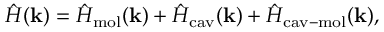
\hat { H } ( \mathbf { k } ) = \hat { H } _ { \mathrm { m o l } } ( \mathbf { k } ) + \hat { H } _ { \mathrm { c a v } } ( \mathbf { k } ) + \hat { H } _ { \mathrm { c a v - m o l } } ( \mathbf { k } ) ,